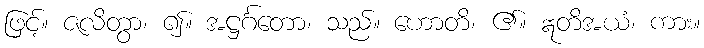
ဖြင့်။ ဇလိတွာ၊ ၍။ အဋ္ဌင်္ဂတော၊ သည်။ ဟောတိ၊ ၏။ ဣတိအယံ၊ ကား။